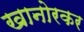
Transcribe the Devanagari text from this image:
खानोरकर